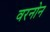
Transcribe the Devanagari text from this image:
वरनोन